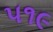
૫૧૯